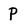
Character: P